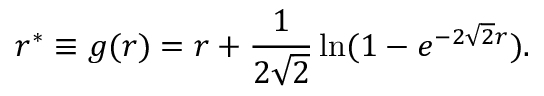
r ^ { * } \equiv g ( r ) = r + { \frac { 1 } { 2 \sqrt 2 } } \ln ( 1 - e ^ { - 2 \sqrt 2 r } ) .